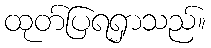
ထုတ်ပြရရှာသည်။